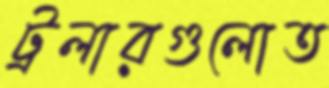
ট্রলারগুলোত